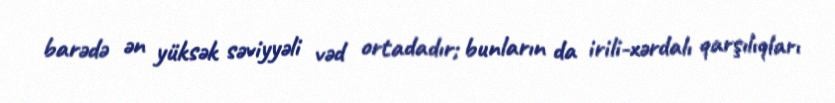
barədə ən yüksək səviyyəli vəd ortadadır; bunların da irili-xərdalı qarşılıqları